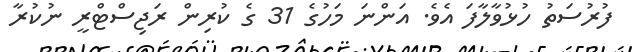
ފުރުސަތު ހުޅުވާލާފަ އެވެ. އަންނަ މަހުގެ 31 ގެ ކުރިން ރަޖިސްޓްރީ ނުކުރާ